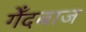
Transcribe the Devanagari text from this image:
गेँदबाज